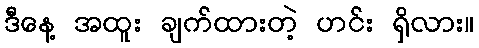
ဒီနေ့ အထူး ချက်ထားတဲ့ ဟင်း ရှိလား။